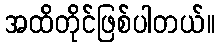
အထိတိုင်ဖြစ်ပါတယ်။